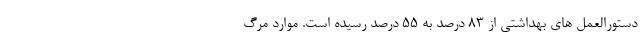
دستورالعمل های بهداشتی از ۸۳ درصد به ۵۵ درصد رسیده است. موارد مرگ